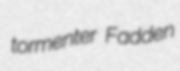
tormenter Fadden